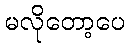
မလိုတော့ပေ